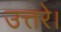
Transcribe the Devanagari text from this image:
उत्तरे।